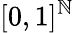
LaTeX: \lbrack 0,1\rbrack^{\mathbb{N}}